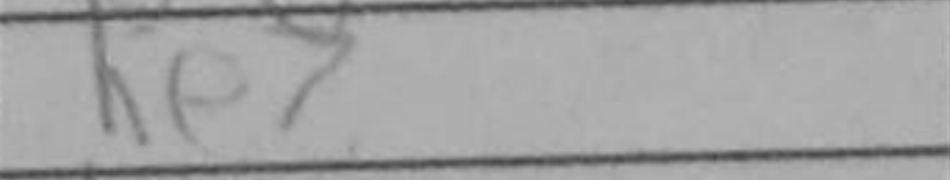
Transcription: Ke7